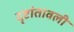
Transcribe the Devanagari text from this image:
दृष्टांतावली